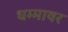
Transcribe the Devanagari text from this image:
धम्मावर